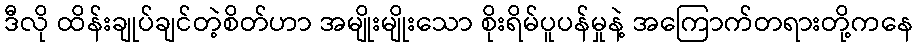
ဒီလို ထိန်းချုပ်ချင်တဲ့စိတ်ဟာ အမျိုးမျိုးသော စိုးရိမ်ပူပန်မှုနဲ့ အကြောက်တရားတို့ကနေ